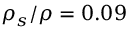
\rho _ { s } / \rho = 0 . 0 9